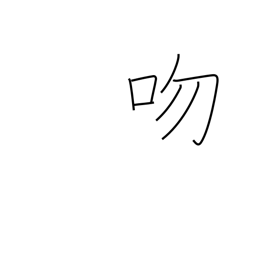
Meaning: proboscis